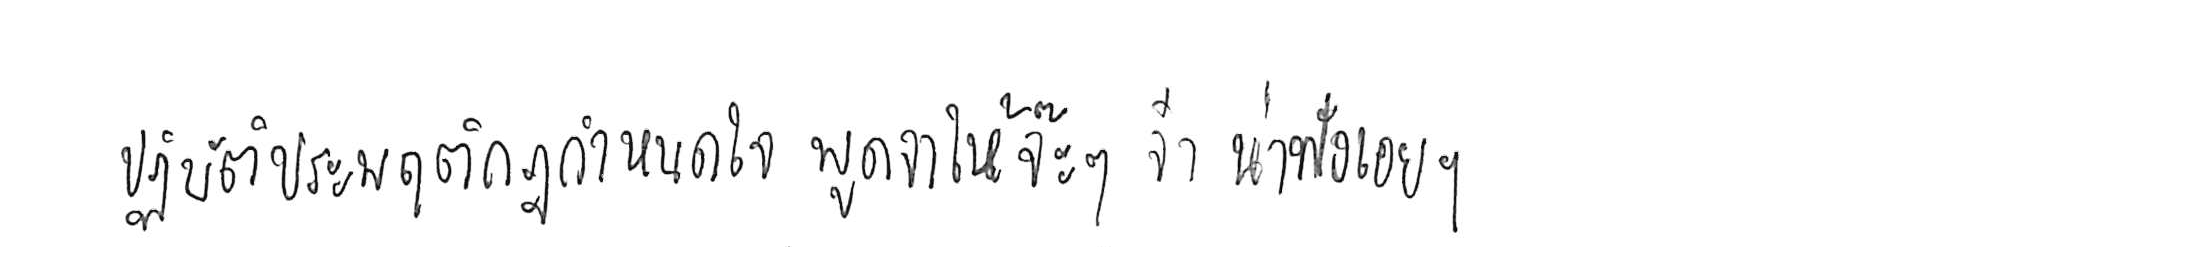
ปฏิบัติประพฤติกฎกำหนดใจ พูดจาให้จ๊ะๆ จ๋า น่าฟังเอยฯ